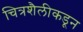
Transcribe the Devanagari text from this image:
चित्रशैलीकडून